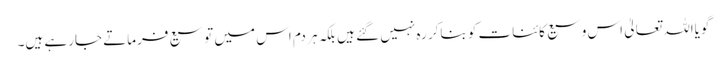
گویااللہ تعالیٰ اس وسیع کائنات کو بناکر رہ نہیں گئے ہیں بلکہ ہر دم اس میں توسیع فرماتے جارہے ہیں۔